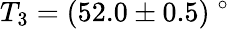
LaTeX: T_{3}=(52.0\pm 0.5)\ ^{\circ}